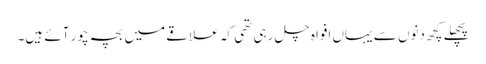
پچھلے کچھ دنوں سے یہاں افواہ چل رہی تھی کہ علاقے میں بچہ چور آئے ہیں۔